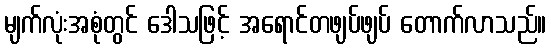
မျက်လုံးအစုံတွင် ဒေါသဖြင့် အရောင်တဖျပ်ဖျပ် တောက်လာသည်။